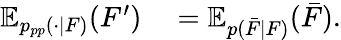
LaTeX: \begin{array}{rl}{\mathbb{E}_{p_{pp}(\cdot|F)}(F^{\prime})}&{{}=\mathbb{E}_{p(\bar{F}|F)}(\bar{F}).}\end{array}